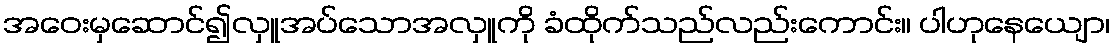
အဝေးမှဆောင်၍လှူအပ်သောအလှူကို ခံထိုက်သည်လည်းကောင်း။ ပါဟုနေယျော၊